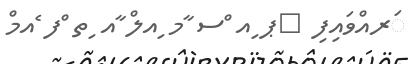
ަރއްވައިފި 	ޕ ިއ ްސ ާމ ިއލް ާއ ިތ ްފ ެއމް